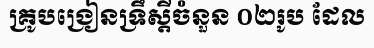
គ្រូបង្រៀនទ្រឹស្តីចំនួន ០២រូប ដែល